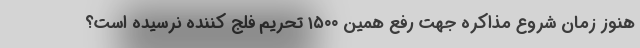
هنوز زمانِ شروع مذاکره جهت رفع همین ۱۵۰۰ تحریمِ فلج کننده نرسیده است؟